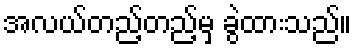
အလယ်တည့်တည့်မှ ခွဲထားသည်။